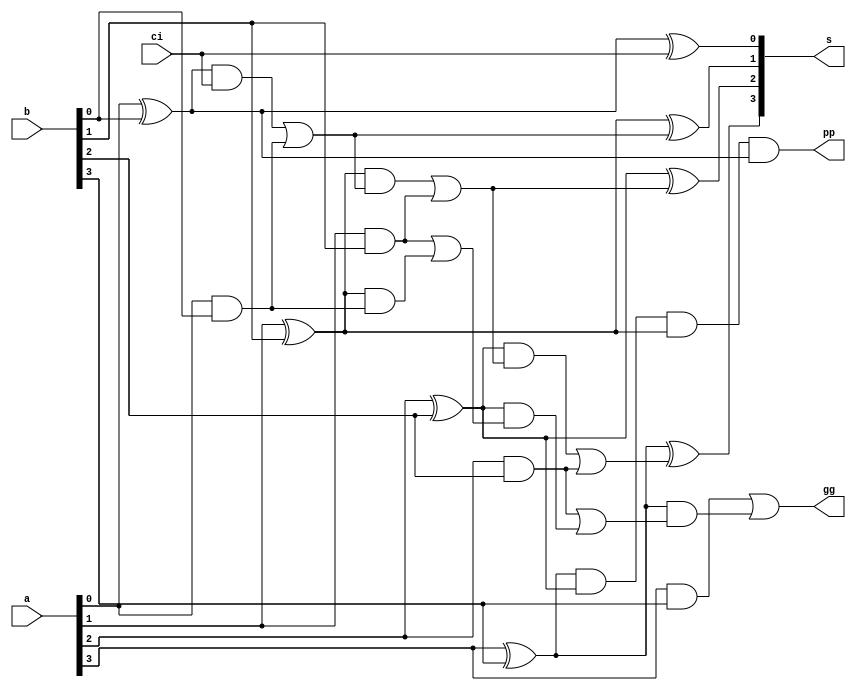
`timescale 1ns / 1ps
//////////////////////////////////////////////////////////////////////////////////
// Company: 
// Engineer: 
// 
// Design Name: 
// Module Name: add4_head
// Project Name: 
// Target Devices: 
// Tool Versions: 
// Description: 
// 
// Dependencies: 
// 
// Revision:
// Revision 0.01 - File Created
// Additional Comments:
// 
//////////////////////////////////////////////////////////////////////////////////


module add4_head ( a, b, ci, s, pp, gg);



input[3:0]    a;

input[3:0]    b;

input            ci;



output[3:0]  s;

output          pp;

output          gg;



wire[3:0]       p;

wire[3:0]       g;

wire[2:0]       c;



assign p[0] = a[0] ^ b[0];

assign p[1] = a[1] ^ b[1];

assign p[2] = a[2] ^ b[2];

assign p[3] = a[3] ^ b[3];



assign g[0] = a[0] & b[0];

assign g[1] = a[1] & b[1];

assign g[2] = a[2] & b[2];

assign g[3] = a[3] & b[3];



assign c[0] = (p[0] & ci) | g[0];

assign c[1] = (p[1] & c[0]) | g[1];

assign c[2] = (p[2] & c[1]) | g[2];



assign pp = p[3] & p[2] & p[1] & p[0];

assign gg  = g[3] | (p[3] & (g[2] | p[2] & (g[1] | p[1] & g[0])));



assign s[0] = p[0] ^ ci;

assign s[1] = p[1] ^ c[0];

assign s[2] = p[2] ^ c[1];

assign s[3] = p[3] ^ c[2];



endmodule


module add4_head_TEST;
reg [3:0] a,b;
reg ci;
wire [3:0] s;
wire pp,gg;
add4_head ttt ( .a(a), .b(b), .ci(ci), .s(s), .pp(pp), .gg(gg) );
    initial begin
      a = 'b1000;
      b = 'b0001;
      ci = 1;
    end
endmodule